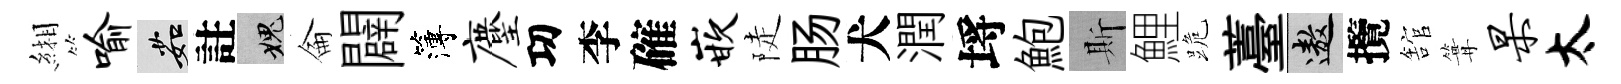
緗喻茹註愧侖闢簿麈㓛李確嵌陡肠犬潤埓鮑斯鯉跪薹遨攬舘篝杲太